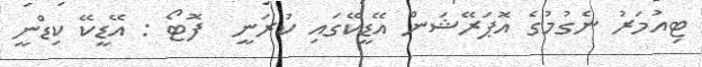
ޓިއުމަރު ނެގުމުގެ އޮޕަރޭޝަން އޭޑީކޭގައި ކުރަނީ  ފޮޓޯ : އޭޑީކޭ ކިޑްނީ